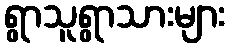
ရွာသူရွာသားများ